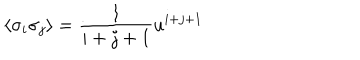
\langle \sigma _ { i } \sigma _ { j } \rangle = \frac { 1 } { i + j + 1 } u ^ { i + j + 1 }